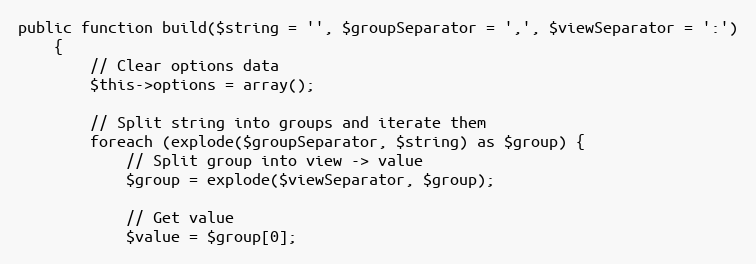
Language: PHP
public function build($string = '', $groupSeparator = ',', $viewSeparator = ':')
    {
        // Clear options data
        $this->options = array();

        // Split string into groups and iterate them
        foreach (explode($groupSeparator, $string) as $group) {
            // Split group into view -> value
            $group = explode($viewSeparator, $group);

            // Get value
            $value = $group[0];